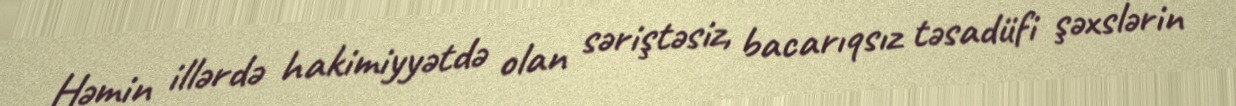
Həmin illərdə hakimiyyətdə olan səriştəsiz, bacarıqsız təsadüfi şəxslərin